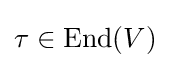
\tau \in {\text{End}}(V)